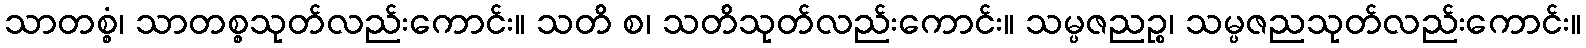
သာတစ္စံ၊ သာတစ္စသုတ်လည်းကောင်း။ သတိ စ၊ သတိသုတ်လည်းကောင်း။ သမ္ပဇညဉ္စ၊ သမ္ပဇညသုတ်လည်းကောင်း။